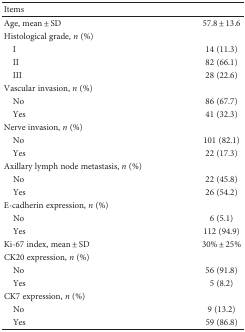
<table><thead><tr><td colspan="2"><b>Items</b></td></tr></thead><tbody><tr><td>Age, mean ± SD</td><td>57.8 ± 13.6</td></tr><tr><td>Histological grade, <i>n</i> (%)</td><td></td></tr><tr><td> I</td><td>14 (11.3)</td></tr><tr><td> II</td><td>82 (66.1)</td></tr><tr><td> III</td><td>28 (22.6)</td></tr><tr><td>Vascular invasion, <i>n</i> (%)</td><td></td></tr><tr><td> No</td><td>86 (67.7)</td></tr><tr><td> Yes</td><td>41 (32.3)</td></tr><tr><td>Nerve invasion, <i>n</i> (%)</td><td></td></tr><tr><td> No</td><td>101 (82.1)</td></tr><tr><td> Yes</td><td>22 (17.3)</td></tr><tr><td>Axillary lymph node metastasis, <i>n</i> (%)</td><td></td></tr><tr><td> No</td><td>22 (45.8)</td></tr><tr><td> Yes</td><td>26 (54.2)</td></tr><tr><td>E-cadherin expression, <i>n</i> (%)</td><td></td></tr><tr><td> No</td><td>6 (5.1)</td></tr><tr><td> Yes</td><td>112 (94.9)</td></tr><tr><td>Ki-67 index, mean ± SD</td><td>30% ± 25%</td></tr><tr><td>CK20 expression, <i>n</i> (%)</td></tr><tr><td> No</td><td>56 (91.8)</td></tr><tr><td> Yes</td><td>5 (8.2)</td></tr><tr><td>CK7 expression, <i>n</i> (%)</td><td></td></tr><tr><td> No</td><td>9 (13.2)</td></tr><tr><td> Yes</td><td>59 (86.8)</td></tr></tbody></table>